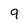
Character: 9